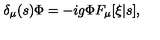
\delta _ { \mu } ( s ) \Phi = - i g \Phi F _ { \mu } [ \xi | s ] ,